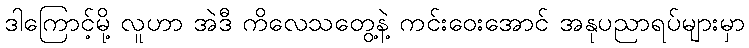
ဒါကြောင့်မို့ လူဟာ အဲဒီ ကိလေသတွေ့နဲ့ ကင်းဝေးအောင် အနုပညာရပ်များမှာ